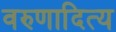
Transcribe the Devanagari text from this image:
वरुणादित्य